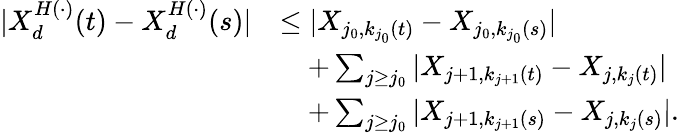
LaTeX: \begin{array}{rl}{|X_{d}^{H(\cdot)}(t)-X_{d}^{H(\cdot)}(s)|}&{\leq|X_{j_{0},k_{j_{0}}(t)}-X_{j_{0},k_{j_{0}}(s)}|}\\ &{\quad+\sum_{j\geq j_{0}}|X_{j+1,k_{j+1}(t)}-X_{j,k_{j}(t)}|}\\ &{\quad+\sum_{j\geq j_{0}}|X_{j+1,k_{j+1}(s)}-X_{j,k_{j}(s)}|.}\end{array}